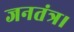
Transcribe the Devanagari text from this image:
जनतंत्र।